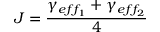
J = \frac { \gamma _ { e f f _ { 1 } } + \gamma _ { e f f _ { 2 } } } { 4 }